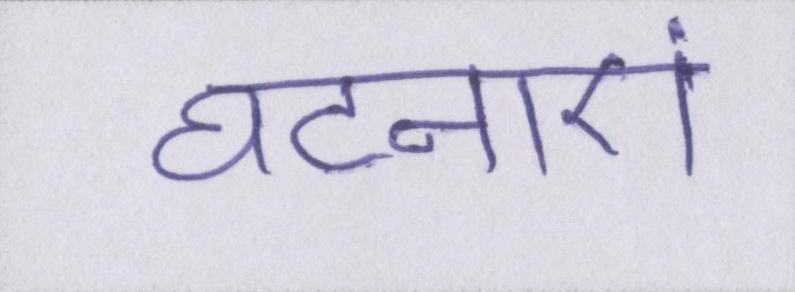
घटनाएं